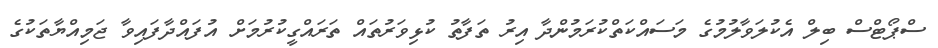
ސްޕޯޓްސް ބިލް އެކުލަވާލުމުގެ މަސައްކަތްކުރަމުންދާ އިރު ތަފާތު ކުޅިވަރުތައް ތަރައްގީކުރުމަށް އުފައްދާފައިވާ ޖަމިއްޔާތަކުގެ